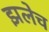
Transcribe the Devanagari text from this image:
झलेच